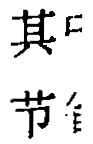
其 节